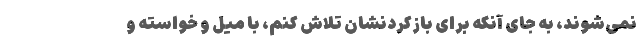
نمی‌شوند، به جای آنکه برای بازکردنشان تلاش کنم، با میل و خواسته و